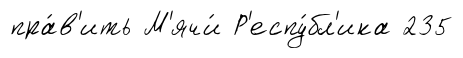
пра́в'ить М'ячи́ Р'еспу́бл'ика 235